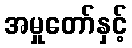
အမှုတော်နှင့်